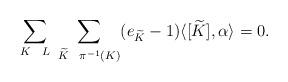
LaTeX: \begin{align*}\sum_{K \ \ L} \ \sum_{ \widetilde{K} \ \ \pi^{-1}(K)} (e_{\widetilde{K}}-1) \langle[\widetilde{K}], \alpha \rangle = 0.\end{align*}